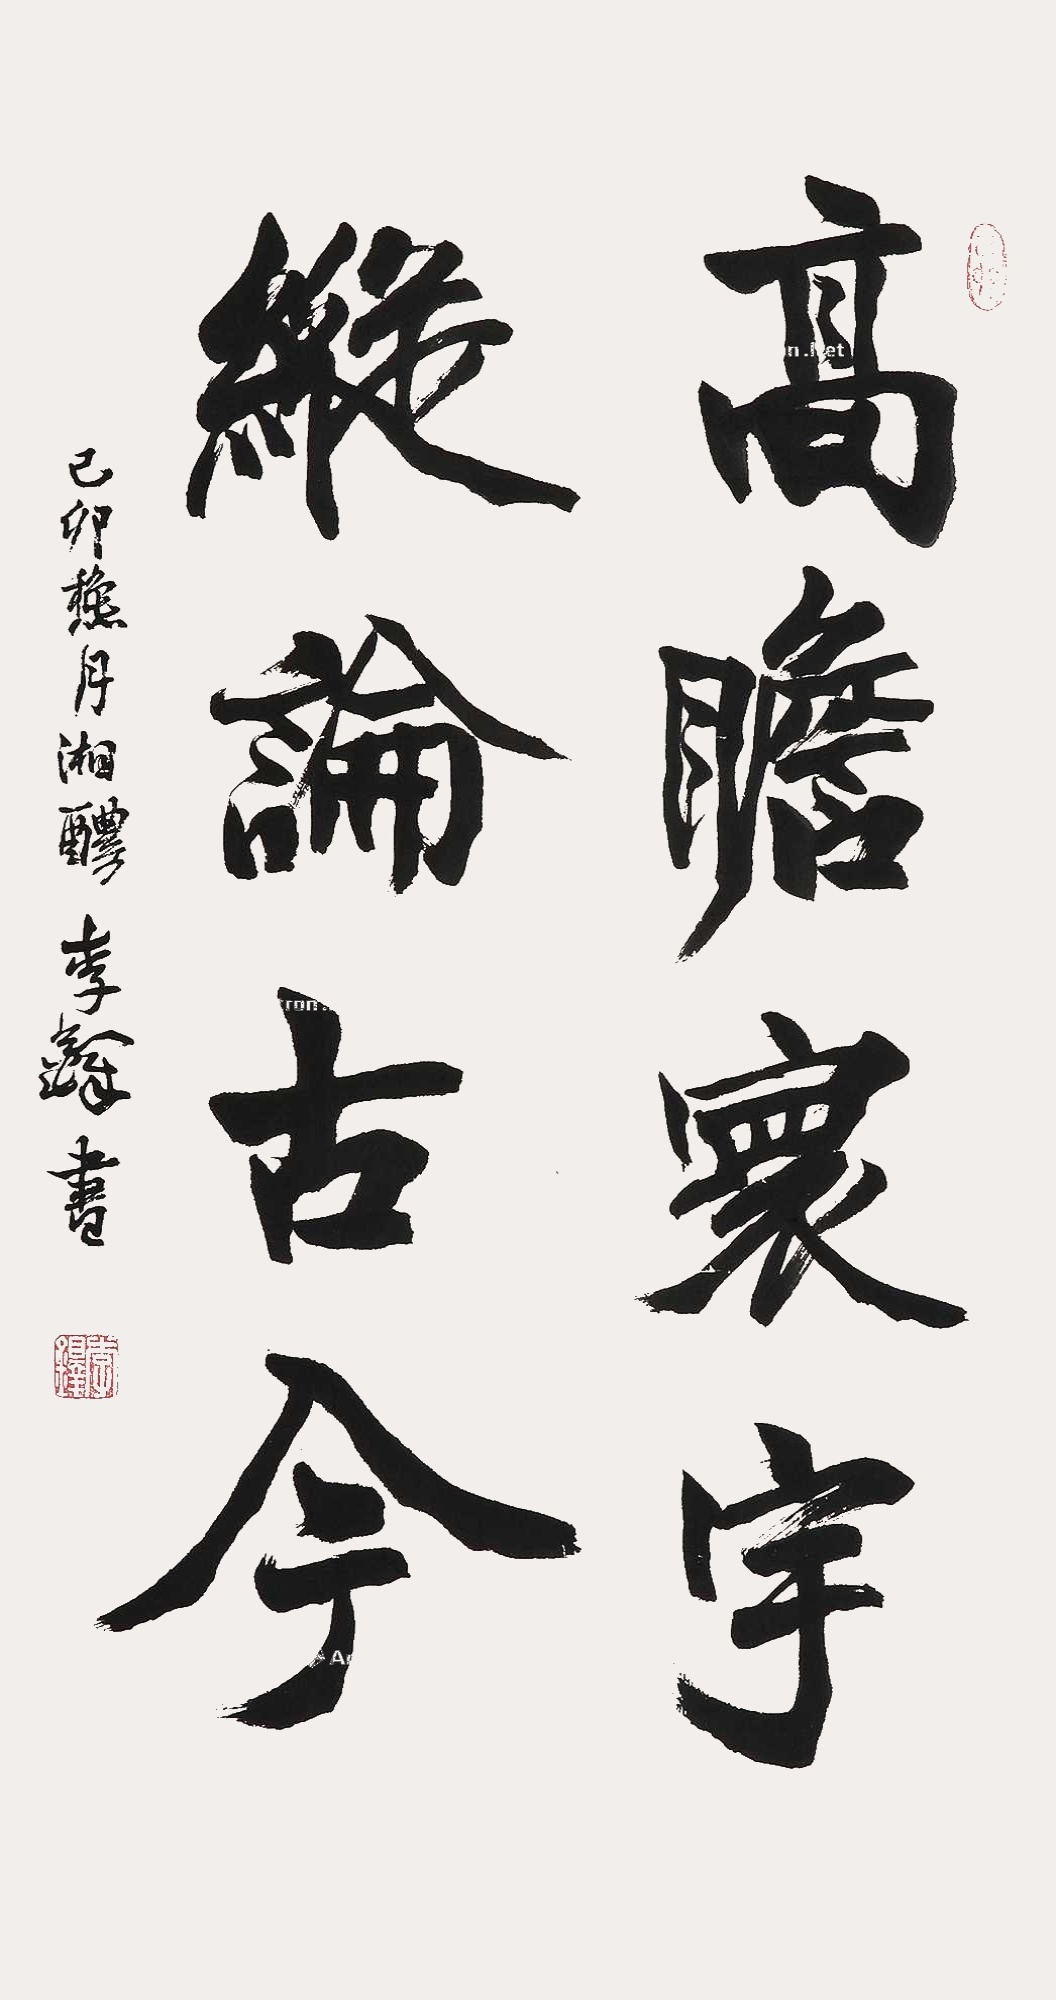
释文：集古诗句乙卯（1975年）秋月湘醴李铎书